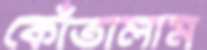
কোঁতালাম